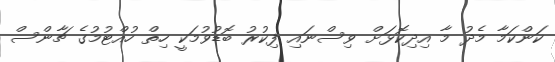
ކަންކަމާ މެދު މާ އިދިކޮޅަށް ވިސްނައި ފިކުރު ބޮޑުވުމަކީ ހިތް ހުއްޓުމުގެ ޗާންސް